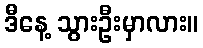
ဒီနေ့ သွားဦးမှာလား။